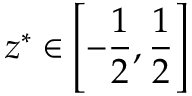
{ { z } ^ { * } } \in \left[ - \frac { 1 } { 2 } , \frac { 1 } { 2 } \right]